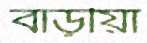
বাড়ীয়া